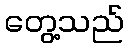
တွေ့သည်